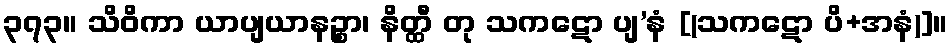
၃၇၃။ သိဝိကာ ယာပျယာနဉ္စာ၊ နိတ္ထီ တု သကဋော ပျ’နံ [(သကဋော ပိ+အနံ)]။